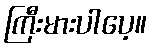
ကြီးမားပါပေ့။